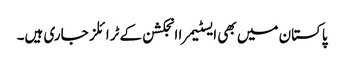
پاکستان میں بھی ایسٹیمرا انجکشن کے ٹرائلز جاری ہیں۔